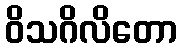
ဝိသဂိလိတော